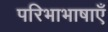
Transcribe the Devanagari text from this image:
परिभाभाषाएँ